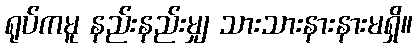
ရုပ်ကမူ နည်းနည်းမျှ သားသားနားနားမရှိ။